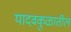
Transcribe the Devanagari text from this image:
यादवकुळातील